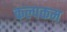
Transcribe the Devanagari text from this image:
कल्पकम